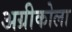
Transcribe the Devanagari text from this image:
अग्रीकोला